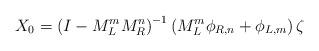
LaTeX: \begin{align*}X_0 = \left( I - M_L^m M_R^n \right)^{-1} \left( M_L^m \phi_{R,n} + \phi_{L,m} \right) \zeta\end{align*}